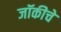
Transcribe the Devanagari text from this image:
जॉकीचे